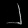
Digit: ၂